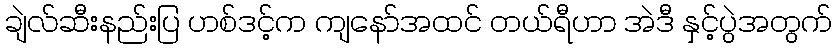
ချဲလ်ဆီးနည်းပြ ဟစ်ဒင့်က ကျနော်အထင် တယ်ရီဟာ အဲဒီ နှင့်ပွဲအတွက်